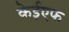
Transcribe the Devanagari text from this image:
केईएफ